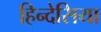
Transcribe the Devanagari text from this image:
हिन्देसिया